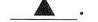
\underline{▲}.